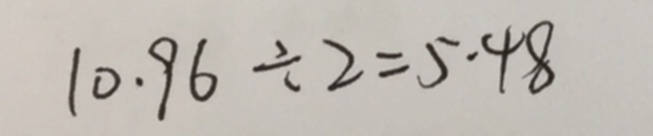
1 0 . 9 6 \div 2 = 5 . 4 8